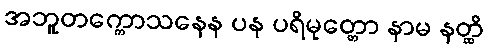
အဘူတက္ကောသနေန ပန ပရိမုတ္တော နာမ နတ္ထိ